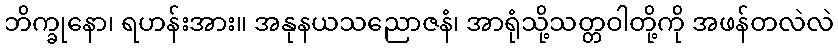
ဘိက္ခုနော၊ ရဟန်းအား။ အနုနယသညောဇနံ၊ အာရုံသို့သတ္တဝါတို့ကို အဖန်တလဲလဲ